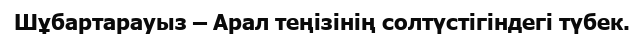
Шұбартарауыз – Арал теңізінің солтүстігіндегі түбек.